Annual report of the Punjab Veterinary College and of the Civil Veterinary Department, Punjab - 1894-1908
Year: 1894
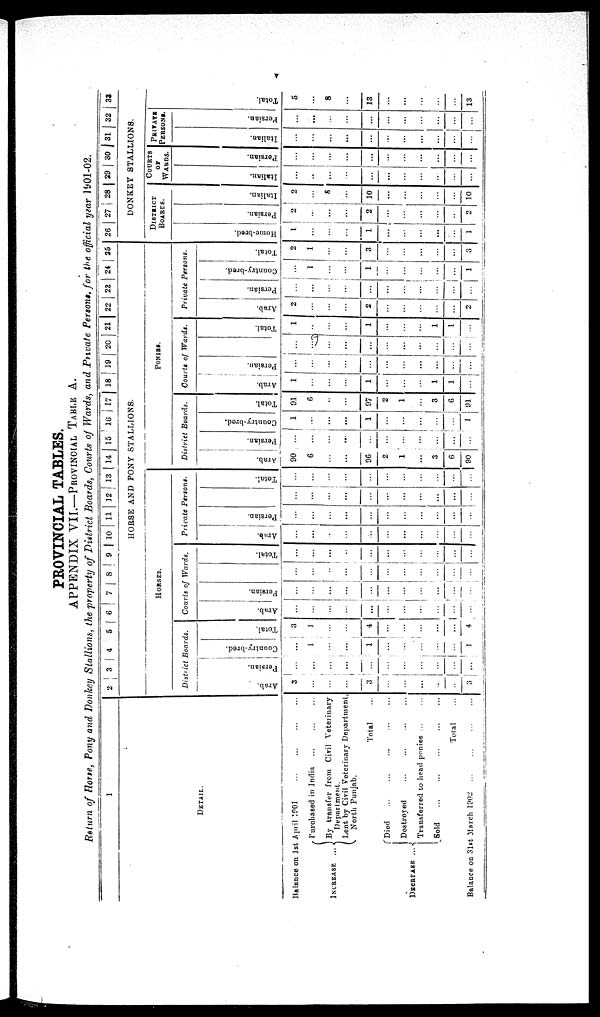
v
PROVINCIAL TABLES.
APPENDIX VII.—PROVINCIAL TABLE A.
Return of Horse, Pony and Donkey Stallions, the property of District Boards, Courts of Wards, and Private Persons, for the official year 1901-02.
1
DETAIL.
Balance on 1st April 1901
INCREASE .
Purchased in India ... ... ... ... ...
By transfer from Civil Veterinary
Department.
Lent by Civil Veterinary Department
North Punjab.
Total ...
DECREASE.
Died ... ... ... ...
Destroyed ... ... ... ...
Transferred to head ponies ...
Sold ... ... ... ...
Total ...
Balance on 31st March 1902 ... ... ... ... ...
2
3 4 5 6 7 8 9 10 11 12 13 14 15 16 17 18 19 20 21 22 23 24 25
HORSE AND PONY STALLIONS.
HORSES.
District Boards.
Arab.
3
...
...
3
...
...
...
...
...
3
Per si an.
...
...
...
...
...
...
...
...
...
...
Country-bred.
...
1
...
...
1
...
...
..
...
...
1
Total.
3
1
...
...
4
...
...
...
...
...
4
Courts of Wards.
Arab.
...
...
...
...
...
...
...
...
...
...
...
Per si an.
...
...
...
...
...
...
...
...
...
...
...
...
...
...
...
...
...
...
...
...
...
Tot al .
...
...
...
...
...
...
...
...
...
...
...
Private Persons.
Ar ab.
...
...
...
...
...
...
...
...
...
...
...
Per s i
an.
...
...
...
...
...
...
...
...
...
...
...
...
...
...
...
...
...
...
...
...
...
...
Tot al .
...
...
...
...
...
...
...
...
...
...
...
PONIES.
District Boards.
Arab.
90
6
...
...
96
2
1
...
3
6
90
Per s i
an.
...
...
...
...
...
...
...
...
...
...
...
Count r
y- br e d.
1
...
...
...
1
...
...
...
...
1
Tot al .
91
6
..
...
97
2
1
... 3
6
91
Courts of Wards.
Arab.
1
...
...
1
...
...
... 1
1
...
Per s i
an.
...
...
...
...
...
...
...
...
...
...
...
...
...
...
...
...
... ...
...
...
...
...
Tot al .
1
...
...
1
...
...
... 1
1
...
Private Persons.
Arab.
2
...
...
2
...
...
...
...
...
2
Per s i
an,
...
...
...
...
...
...
... ...
...
Count r
y- br e d.
...
1
...
...
1
...
...
...
...
1
Tot al .
2
1
...
...
3
...
...
...
...
...
3
26 27 28 29 30 31 32 33
DONKEY STALLIONS.
DISTRICT
BOARDS.
Home -
br e d.
1
...
....
...
1
...
...
...
...
...
1
Per si an.
2
...
...
...
2
...
...
...
...
...
2
Italian.
2
8
...
10
...
...
...
...
...
10
COURTS
OF
WARDS.
I t al i an.
..
...
...
...
...
...
...
...
Per s i
an.
...
...
...
...
...
...
..
...
...
... ...
...
PRIVATE
PERSONS.
I t al i an.
...
...
...
...
...
...
...
...
Per s i
an.
...
...
...
...
...
...
...
...
...
...
Tot al .
5
...
8
...
18
...
...
...
...
...
13